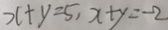
x + y = 5 , x + y = - 2